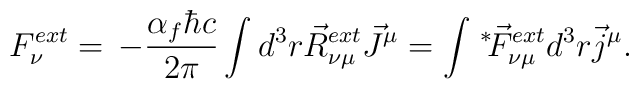
F_{\nu}^{ext} =  \, - \frac{\alpha_f \hbar c}{2 \pi} \int d^3r \vec{R}_{\nu\mu}^{ext} \vec{J}^\mu = \int \hspace{0.5mm}{^*}\hspace{-0.8mm}\vec{F}_{\nu\mu}^{ext} d^3r \vec{j}^\mu .